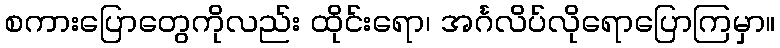
စကားပြောတွေကိုလည်း ထိုင်းရော၊ အင်္ဂလိပ်လိုရောပြောကြမှာ။